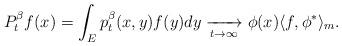
LaTeX: \begin{align*} P^\beta_t f(x) = \int_E p_t^\beta(x,y)f(y)dy \xrightarrow[t\to \infty]{} \phi(x) \langle f,\phi^*\rangle_m.\end{align*}